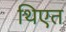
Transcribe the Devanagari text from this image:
थिएत